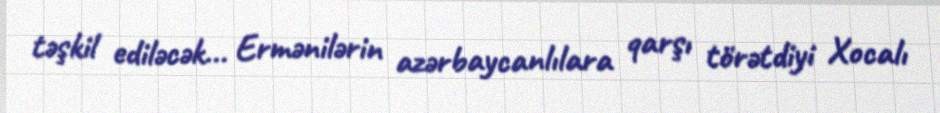
təşkil ediləcək... Ermənilərin azərbaycanlılara qarşı törətdiyi Xocalı